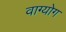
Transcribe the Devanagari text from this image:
वाग्योग